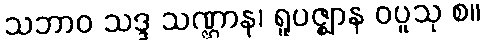
သဘာဝ သဒ္ဒ သဏ္ဌာန၊ ရူပဇ္ဈာန ဝပူသု စ။